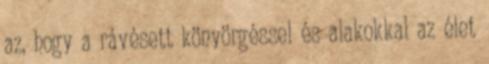
az, hogy a rávésett könyörgéssel és alakokkal az élet